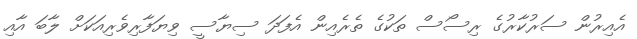
އެއިރުން ސަރުކާރުގެ ރިސޯސް ތަކުގެ ތެރެއިން އެފަދަ ސިޔާސީ ވިޔަފާރިވެރިއަކަށް ލާބަ އާއި